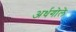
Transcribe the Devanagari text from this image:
अर्धगोले